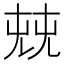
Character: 𠒔